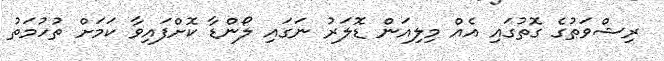
ރިޝްވަތުގެ ގޮތުގައި އެއް މިލިއަން ޑޮލަރު ނަގައި ލޯންޑާ ކޮށްފައިވާ ކަމަށް ތުހުމަތު